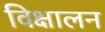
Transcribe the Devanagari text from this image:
विक्षालन